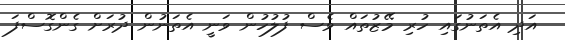
އަދި އެތަނުގައި ހުރި މޭޒުތައް ވެސް ފުލުހުން ވަނީ އެތަނުން ދުރަށް ގެންގޮސްފަ